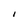
Character: I